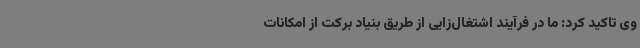
وی تاکید کرد: ما در فرآیند اشتغال‌زایی از طریق بنیاد برکت از امکانات